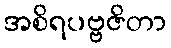
အစိရပဗ္ဗဇိတာ